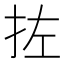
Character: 𪭥